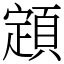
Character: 顁